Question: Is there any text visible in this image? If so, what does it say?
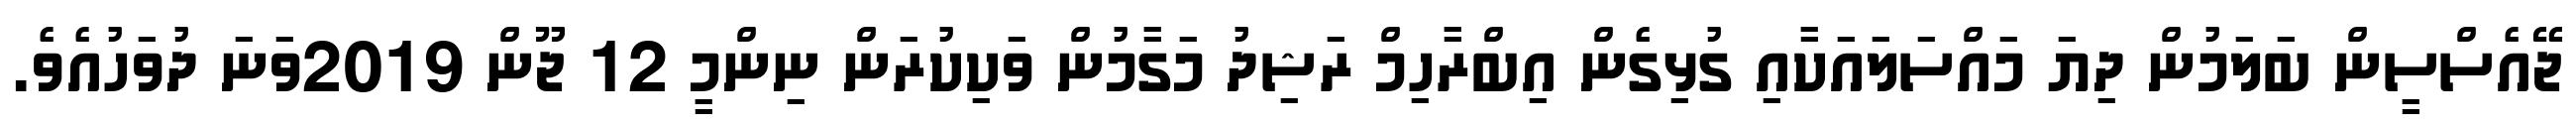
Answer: ޖޭއެސްސީން ބަލަމުން ދިޔަ މައްސަލައަކާއި ގުޅިގެން އިބްރާހިމް ރަޝިދު މަގާމުން ވަކިކުރަން ނިންމީ 12 ޖޫން 2019ވަނަ ދުވަހުއެވެ.